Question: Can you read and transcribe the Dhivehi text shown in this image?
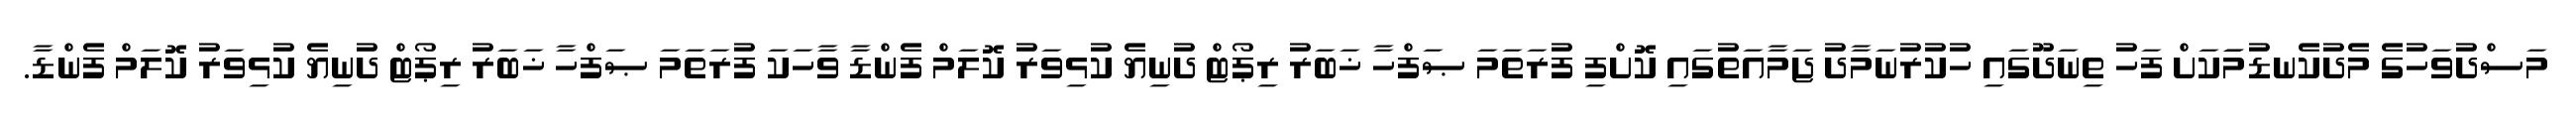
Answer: މަސްދުވަހުގެ މެދުކެނޑުމަަކަށް ފަހު ތިނަދޫގައި ހުކުރުނަމާދު ޖަމާއަތުގައި ކޮށްފި ފުރަތަމަ ޞަފްހާ ޚަބަރު ރިޕޯޓް ދުނިޔެ ކުޅިވަރު ކޮލަމް ފެންޑާ ވާހަކަ ފުރަތަމަ ޞަފްހާ ޚަބަރު ރިޕޯޓް ދުނިޔެ ކުޅިވަރު ކޮލަމް ފެންޑާ.